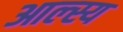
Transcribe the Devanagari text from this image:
आल्स्य